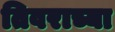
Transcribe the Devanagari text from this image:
तिवराच्या